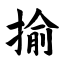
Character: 揄